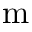
\mathrm { m }